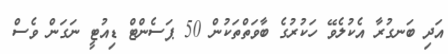
އަދި ބަނގުރާ އެކުލެވޭ ހަކުރުގެ ބާވަތްތަކުން 50 ޕަސެންޓް ޑިއުޓީ ނަގަން ވެސް